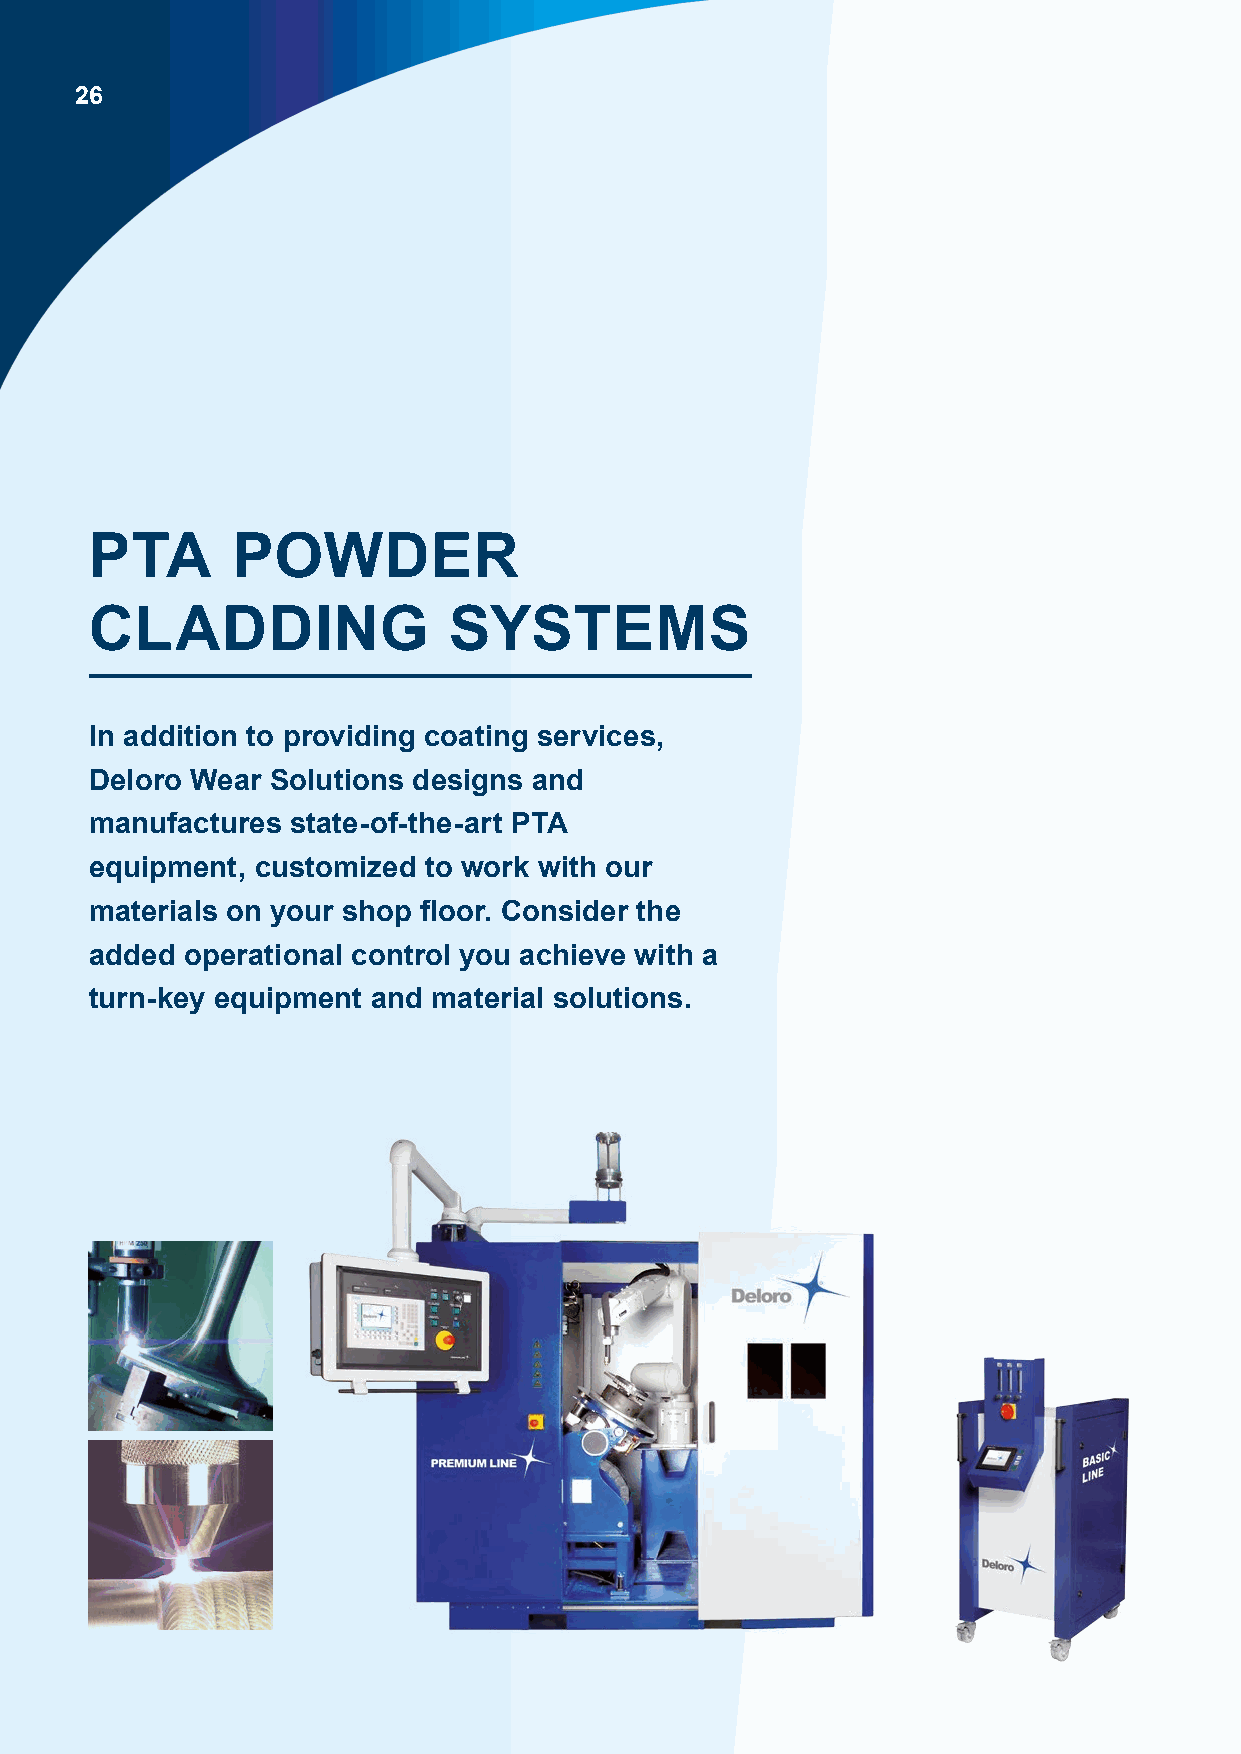
26
 PTA      POWDER
 CLADDING                SYSTEMS
 In addition to providing coating services,
 Deloro Wear Solutions designs and
 manufactures state-of-the-art PTA
 equipment, customized to work with our
 materials on your shop floor. Consider the
 added operational control you achieve with a
 turn-key equipment and material solutions.